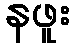
နဖူး